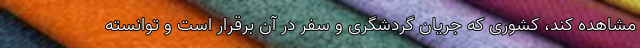
مشاهده کند، کشوری که جریان گردشگری و سفر در آن برقرار است و توانسته